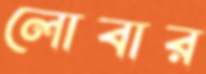
লোবার